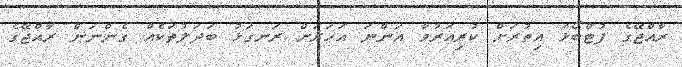
ރާއްޖޭގެ ފުޓްބޯޅަ އިތުރަށް ކުރިއަރުވާ އަންނަ އަހަރަށް ރަނގަޅު ބަދަލުތަކެއް ގެންނަން ރާއްޖޭގެ